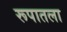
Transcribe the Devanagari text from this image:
रूपातला